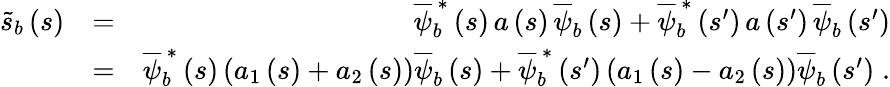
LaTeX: \begin{array}{rlr}{\widetilde{s}_{b}\left(s\right)}&{=}&{\overline{{\psi}}_{b}^{\, \ast}\left(s\right)\, a\left(s\right)\, \overline{{\psi}}_{b}\left(s\right)+\overline{{\psi}}_{b}^{\, \ast}\left(s^{\prime}\right)\, a\left(s^{\prime}\right)\, \overline{{\psi}}_{b}\left(s^{\prime}\right)}\\ &{=}&{\overline{{\psi}}_{b}^{\, \ast}\left(s\right)\left(a_{1}\left(s\right)+a_{2}\left(s\right)\right)\overline{{\psi}}_{b}\left(s\right)+\overline{{\psi}}_{b}^{\, \ast}\left(s^{\prime}\right)\left(a_{1}\left(s\right)-a_{2}\left(s\right)\right)\overline{{\psi}}_{b}\left(s^{\prime}\right)\; .}\end{array}